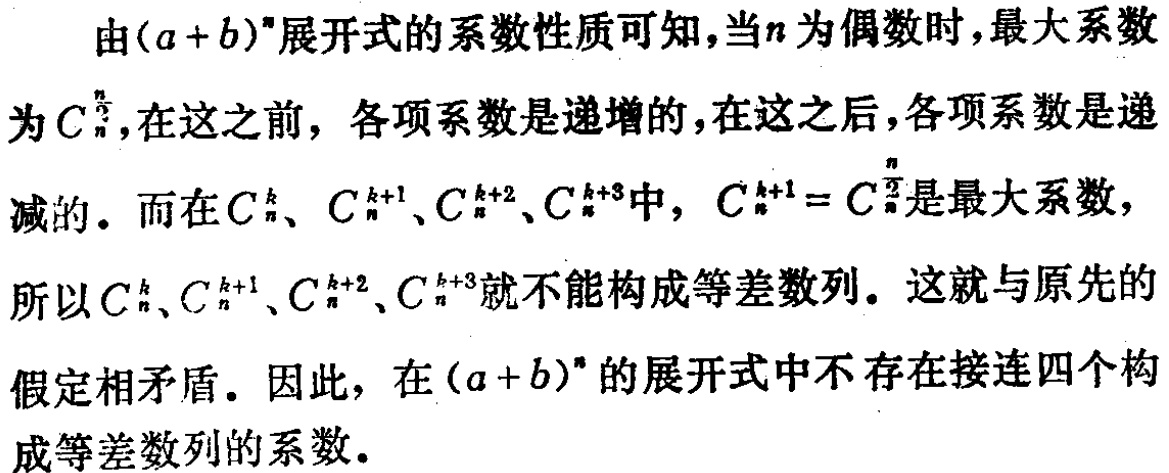
由\((a + b)^n\)展开式的系数性质可知，当\(n\)为偶数时，最大系数为\(C_{n}^{\frac{n}{2}}\)，在这之前，各项系数是递增的，在这之后，各项系数是递减的。而在\(C_{n}^{k}\)、\(C_{n}^{k + 1}\)、\(C_{n}^{k + 2}\)、\(C_{n}^{k + 3}\)中，\(C_{n}^{k + 1} = C_{n}^{\frac{n}{2}}\)是最大系数，所以\(C_{n}^{k}\)、\(C_{n}^{k + 1}\)、\(C_{n}^{k + 2}\)、\(C_{n}^{k + 3}\)就不能构成等差数列。这就与原先的假定相矛盾。因此，在\((a + b)^n\)的展开式中不存在接连四个构成等差数列的系数。